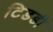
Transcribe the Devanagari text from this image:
टिडडी